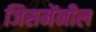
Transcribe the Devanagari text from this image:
जिसमेंनील